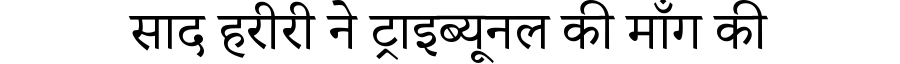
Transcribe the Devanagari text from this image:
साद हरीरी ने ट्राइब्यूनल की माँग की